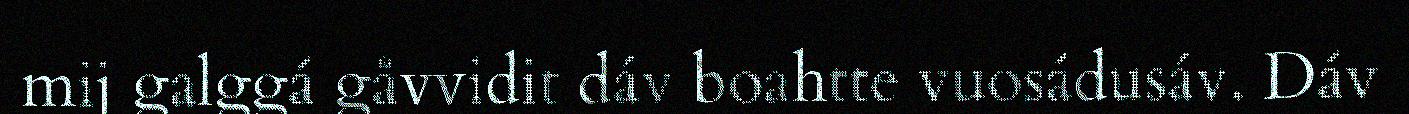
mij galggá gåvvidit dáv boahtte vuosádusáv. Dáv